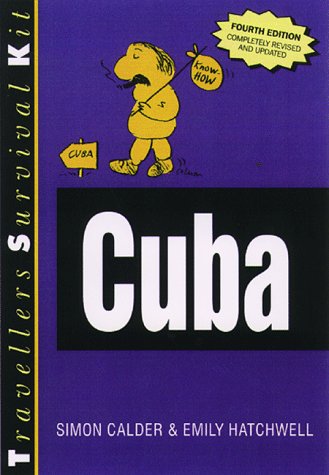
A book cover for Cuba (Traveller's Survival Kit); Simon Calder; Travel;